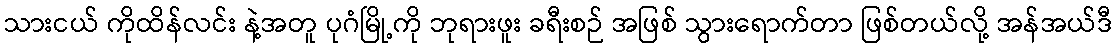
သားငယ် ကိုထိန်လင်း နဲ့အတူ ပုဂံမြို့ကို ဘုရားဖူး ခရီးစဉ် အဖြစ် သွားရောက်တာ ဖြစ်တယ်လို့ အန်အယ်ဒီ